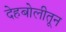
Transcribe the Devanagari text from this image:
देहबोलीतून